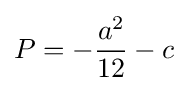
P=-{a^{2} \over 12}-c